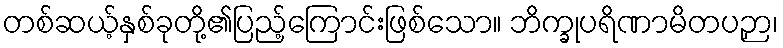
တစ်ဆယ့်နှစ်ခုတို့၏ပြည့်ကြောင်းဖြစ်သော။ ဘိက္ခုပရိဏာမိတပဉှာ၊